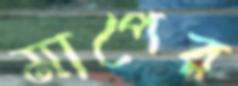
মাপের